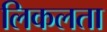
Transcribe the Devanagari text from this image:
लिकलता